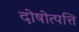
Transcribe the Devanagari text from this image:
दोषोत्पत्ति